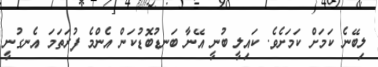
ލިބޭނެ ކަމަށް ކަަމަށެވެ. ކައިލީ ބުނީ އޭނާ ބަނޑުބޮޑުކަން އެންމެ ފުރަތަމަ އެނގުނީ